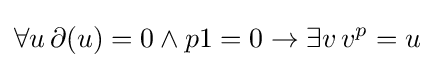
\forall u\,\partial (u)=0\land p1=0\rightarrow \exists v\,v^{p}=u